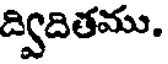
ద్విదితము.